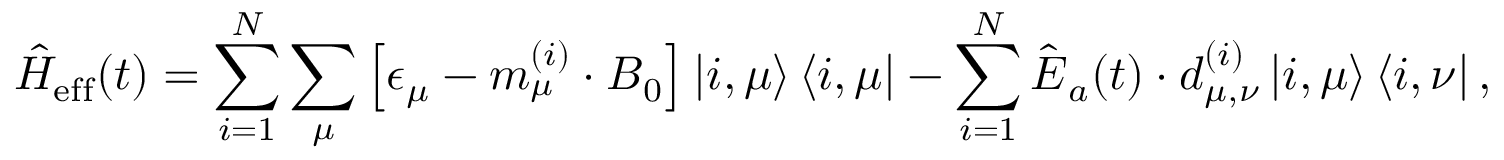
\hat { H } _ { \mathrm { e f f } } ( t ) = \sum _ { i = 1 } ^ { N } \sum _ { \mu } \left[ \epsilon _ { \mu } - \boldsymbol m _ { \mu } ^ { ( i ) } \cdot { \boldsymbol B } _ { 0 } \right] \left| i , \mu \right> \left< i , \mu \right| - \sum _ { i = 1 } ^ { N } \hat { \boldsymbol E } _ { a } ( t ) \cdot \boldsymbol d _ { \mu , \nu } ^ { ( i ) } \left| i , \mu \right> \left< i , \nu \right| ,